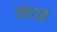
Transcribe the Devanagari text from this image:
कोटाबे